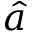
\hat { a }